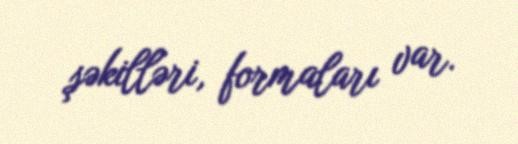
şəkilləri, formaları var.